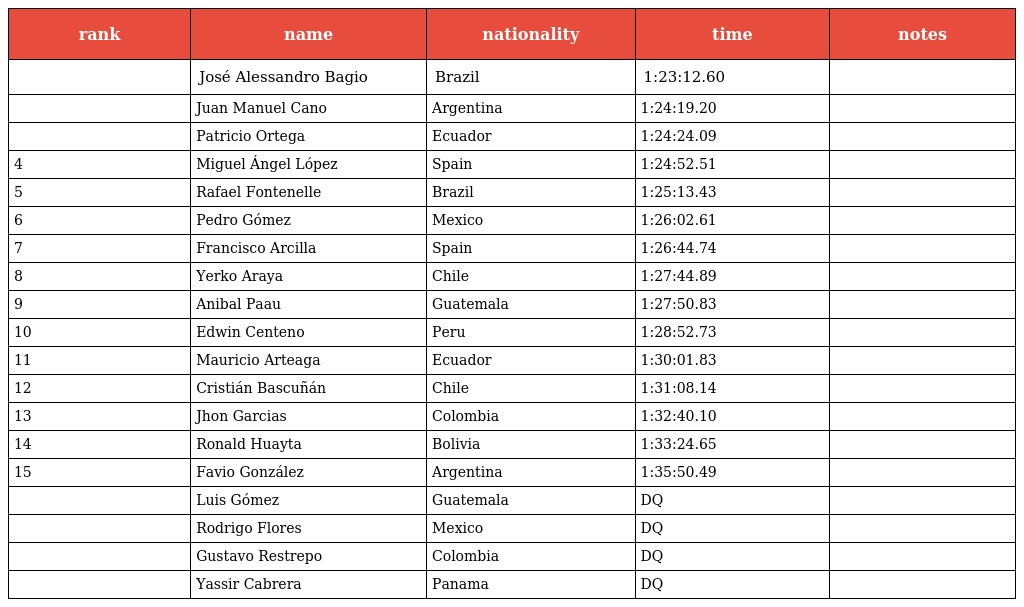
| rank | name | nationality | time | notes |
 | --- | --- | --- | --- | --- |
 |  | José Alessandro Bagio | Brazil | 1:23:12.60 |  |
 |  | Juan Manuel Cano | Argentina | 1:24:19.20 |  |
 |  | Patricio Ortega | Ecuador | 1:24:24.09 |  |
 | 4 | Miguel Ángel López | Spain | 1:24:52.51 |  |
 | 5 | Rafael Fontenelle | Brazil | 1:25:13.43 |  |
 | 6 | Pedro Gómez | Mexico | 1:26:02.61 |  |
 | 7 | Francisco Arcilla | Spain | 1:26:44.74 |  |
 | 8 | Yerko Araya | Chile | 1:27:44.89 |  |
 | 9 | Anibal Paau | Guatemala | 1:27:50.83 |  |
 | 10 | Edwin Centeno | Peru | 1:28:52.73 |  |
 | 11 | Mauricio Arteaga | Ecuador | 1:30:01.83 |  |
 | 12 | Cristián Bascuñán | Chile | 1:31:08.14 |  |
 | 13 | Jhon Garcias | Colombia | 1:32:40.10 |  |
 | 14 | Ronald Huayta | Bolivia | 1:33:24.65 |  |
 | 15 | Favio González | Argentina | 1:35:50.49 |  |
 |  | Luis Gómez | Guatemala | DQ |  |
 |  | Rodrigo Flores | Mexico | DQ |  |
 |  | Gustavo Restrepo | Colombia | DQ |  |
 |  | Yassir Cabrera | Panama | DQ |  |